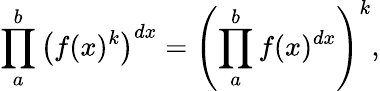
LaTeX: \prod_{a}^{b}\left(f(x)^{k}\right)^{dx}=\left(\prod_{a}^{b}f(x)^{dx}\right)^{k},